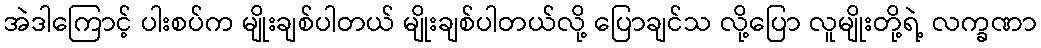
အဲဒါကြောင့် ပါးစပ်က မျိုးချစ်ပါတယ် မျိုးချစ်ပါတယ်လို့ ပြောချင်သ လို့ပြော လူမျိုးတို့ရဲ့ လက္ခဏာ